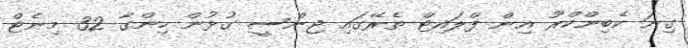
ގިނަ ކެބިންކްރޫ އިން ފްލައިޓް ތެރޭގައި ޖިންސީ ގުޅުން ހިންގާ 32 މިނެޓް